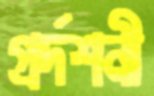
প্রর্দশনী